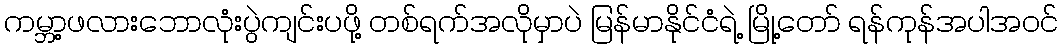
ကမ္ဘာ့ဖလားဘောလုံးပွဲကျင်းပဖို့ တစ်ရက်အလိုမှာပဲ မြန်မာနိုင်ငံရဲ့ မြို့တော် ရန်ကုန်အပါအဝင်